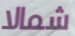
شمالا